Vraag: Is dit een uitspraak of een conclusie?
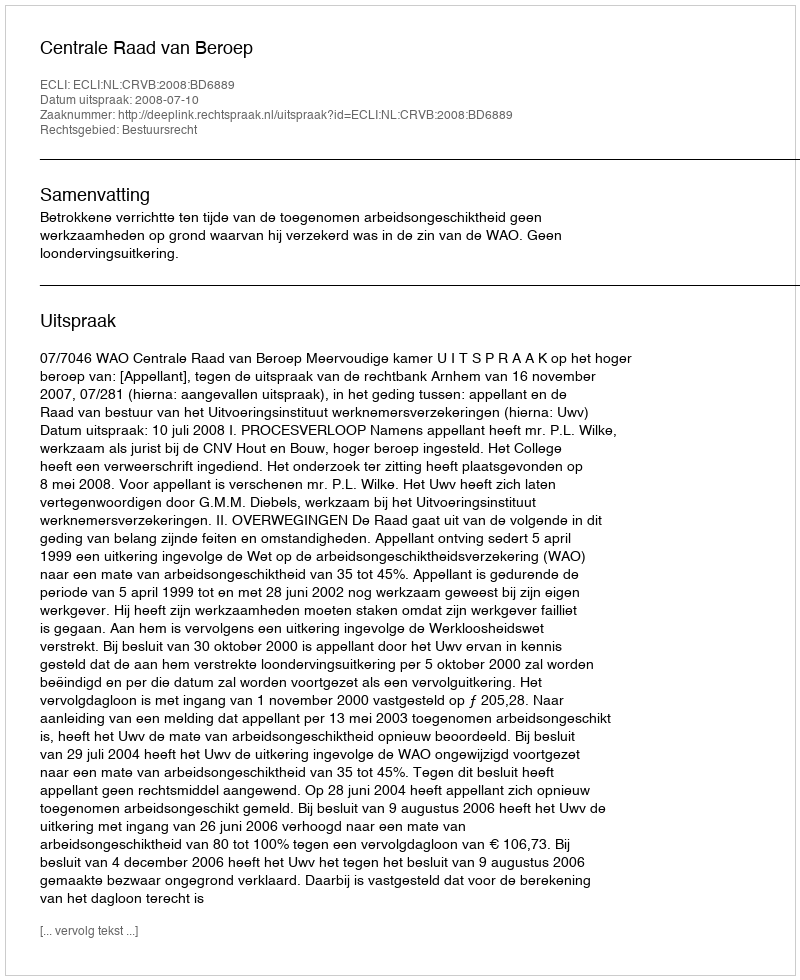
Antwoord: Uitspraak